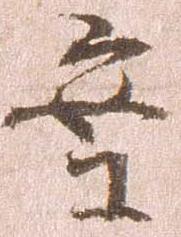
案